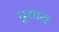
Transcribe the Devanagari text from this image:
पृत्ताय